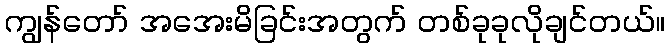
ကျွန်တော် အအေးမိခြင်းအတွက် တစ်ခုခုလိုချင်တယ်။